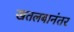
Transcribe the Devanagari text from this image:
खतलबानंतर